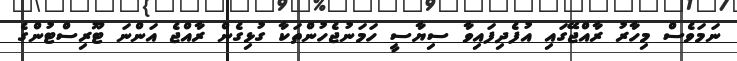
ނަމަވެސް މިހާރު ރާއްޖޭގައި އުފެދިފައިވާ ސިޔާސީ ހަމަނުޖެހުންތަކާ ގުޅިގެން ރާއްޖެ އަންނަ ޓޫރިސްޓުންގެ